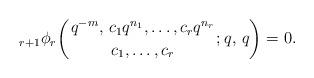
LaTeX: \begin{align*}{}_{r + 1}\phi_{r} \biggl(\genfrac..{0pt}{}{q^{-m}, \,c_{1} q^{n_{1}}, \dotsc, c_{r} q^{n_{r}}}{c_{1}, \dotsc, c_{r}}; q,\, q \biggr) = 0. \end{align*}